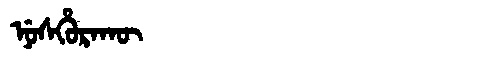
Manchu: ᠨᡠᠰᡥᡠᡵᠠᡴᡡ
Romanization: NUSHURAKŪ